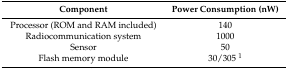
<table><thead><tr><td><b>Component</b></td><td><b>Power Consumption (nW)</b></td></tr></thead><tbody><tr><td>Processor (ROM and RAM included)</td><td>140</td></tr><tr><td>Radiocommunication system</td><td>1000</td></tr><tr><td>Sensor</td><td>50</td></tr><tr><td>Flash memory module</td><td>30/305 <sup>1</sup></td></tr></tbody></table>